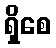
ရှိစေ